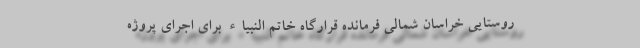
روستایی خراسان شمالی فرمانده قرارگاه خاتم النبیاء برای اجرای پروژه